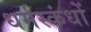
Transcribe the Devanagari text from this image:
धर्मस्कंधों